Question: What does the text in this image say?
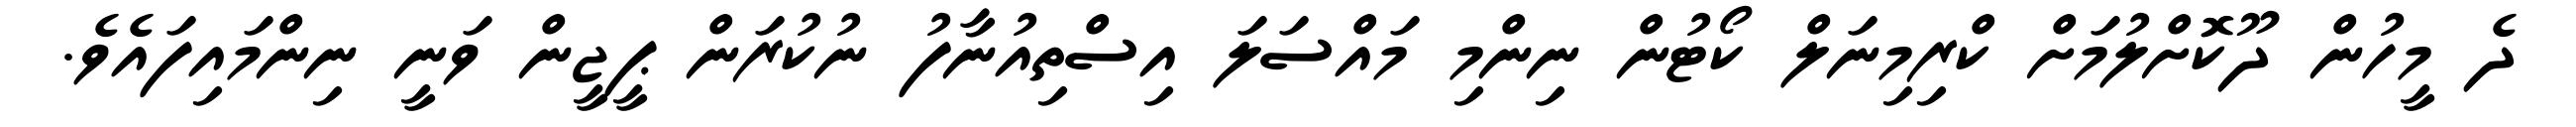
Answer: ދެ މީހުން ދޫކޮށްލުމަށް ކްރިމިނަލް ކޯޓުން ނިންމި މައްސަލަ އިސްތިއުނާފު ނުކުރަން ޕީޖީން ވަނީ ނިންމައިފައެވެ.